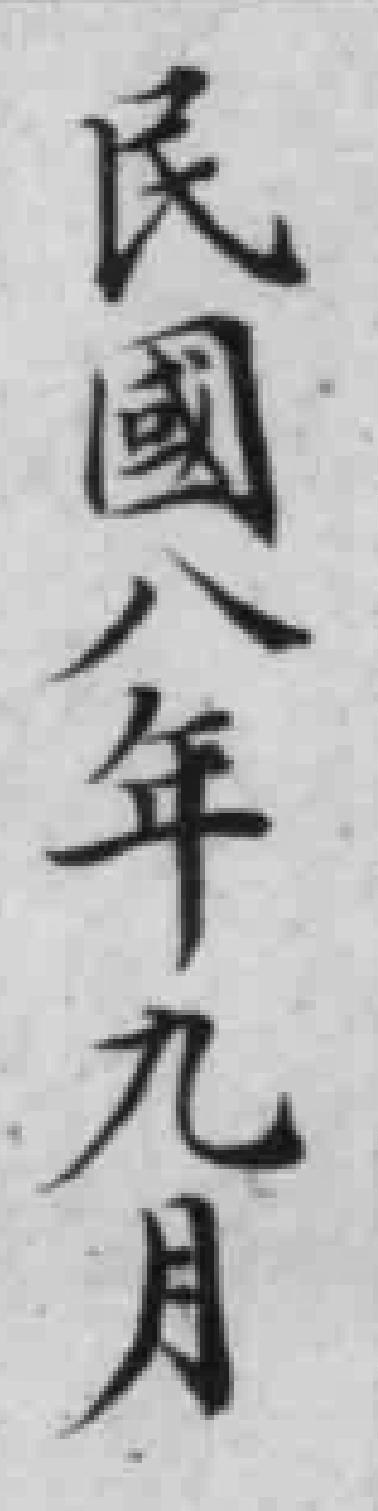
民國八年九月